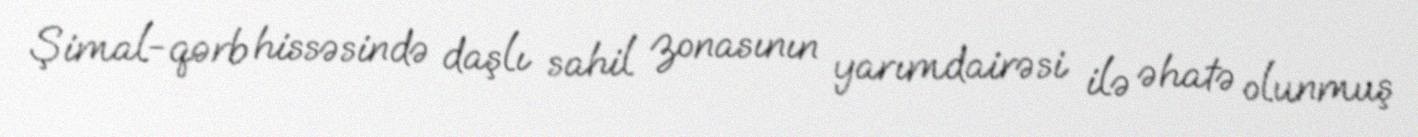
Şimal-qərb hissəsində daşlı sahil zonasının yarımdairəsi ilə əhatə olunmuş